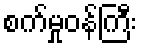
စက်မှုဝန်ကြီး